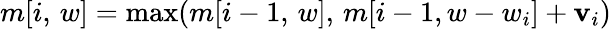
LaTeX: m[i,\, w]=\operatorname*{max}(m[i-1,\, w],\, m[i-1,w-w_{i}]+\mathbf{v}_{i})